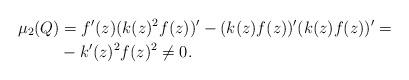
LaTeX: \begin{align*}\mu_2(Q)&= f'(z)(k(z)^2f(z))' - (k(z)f(z))'(k(z)f(z))'=\\&-k'(z)^2 f(z)^2 \neq 0.\end{align*}